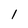
Character: 1